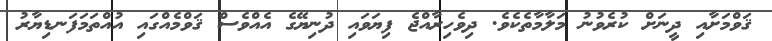
ޤަވްމަށާއި ދީނަށް ކުރެވުނު މަލާމާތެކެވެ. ދިވެހިރާއްޖެ ފިޔަވައި ދުނިޔޭގެ އެއްވެސް ޤަވްމެއްގައި އުއްތަމަފަނޑިޔާރު